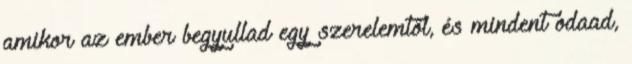
amikor az ember begyullad egy szerelemtől, és mindent odaad,